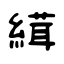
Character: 縙